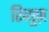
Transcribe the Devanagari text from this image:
रिव्युज़